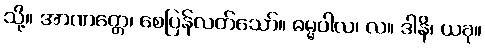
သို့။ အာဏတ္တေ၊ စေပြန်လတ်သော်။ ဓမ္မပါလ၊ လ။ ဒါနိ၊ ယခု။